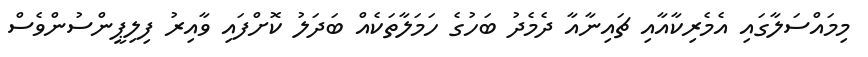
މިމައްސަލާގައި އެމެރިކާއާއި ޗައިނާއާ ދެމެދު ބަހުގެ ހަމަލާތަކެއް ބަދަލު ކޮށްފައި ވާއިރު ފިލިޕީންސުންވެސް